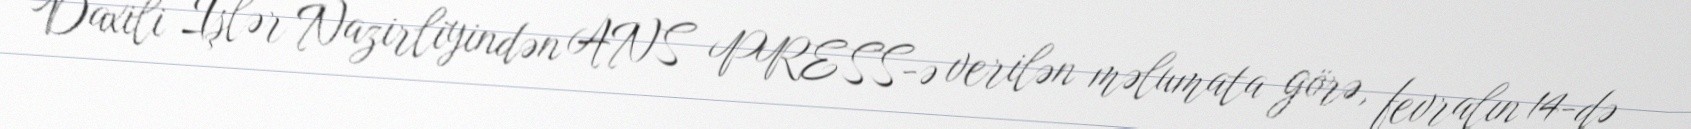
Daxili İşlər Nazirliyindən ANS PRESS-ə verilən məlumata görə, fevralın 14-də